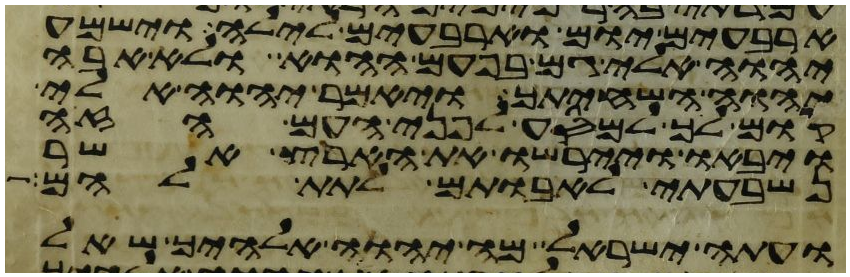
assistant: ארבעים יום וארבעים לילה וישמע
יהוה אלי גם בפעם ההוא ולא אבה
יהוה השחיתך ויאמר יהוה אלי
קום לך למסע לפני העם הזה
ויבאו ויירשו את הארץ אשר
נשבעתי לאבותם לתת להם
ועתה ישראל מה יהוה אלהיך שאל